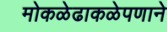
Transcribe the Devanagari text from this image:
मोकळेढाकळेपणाने